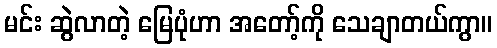
မင်း ဆွဲလာတဲ့ မြေပုံဟာ အတော့်ကို သေချာတယ်ကွာ။